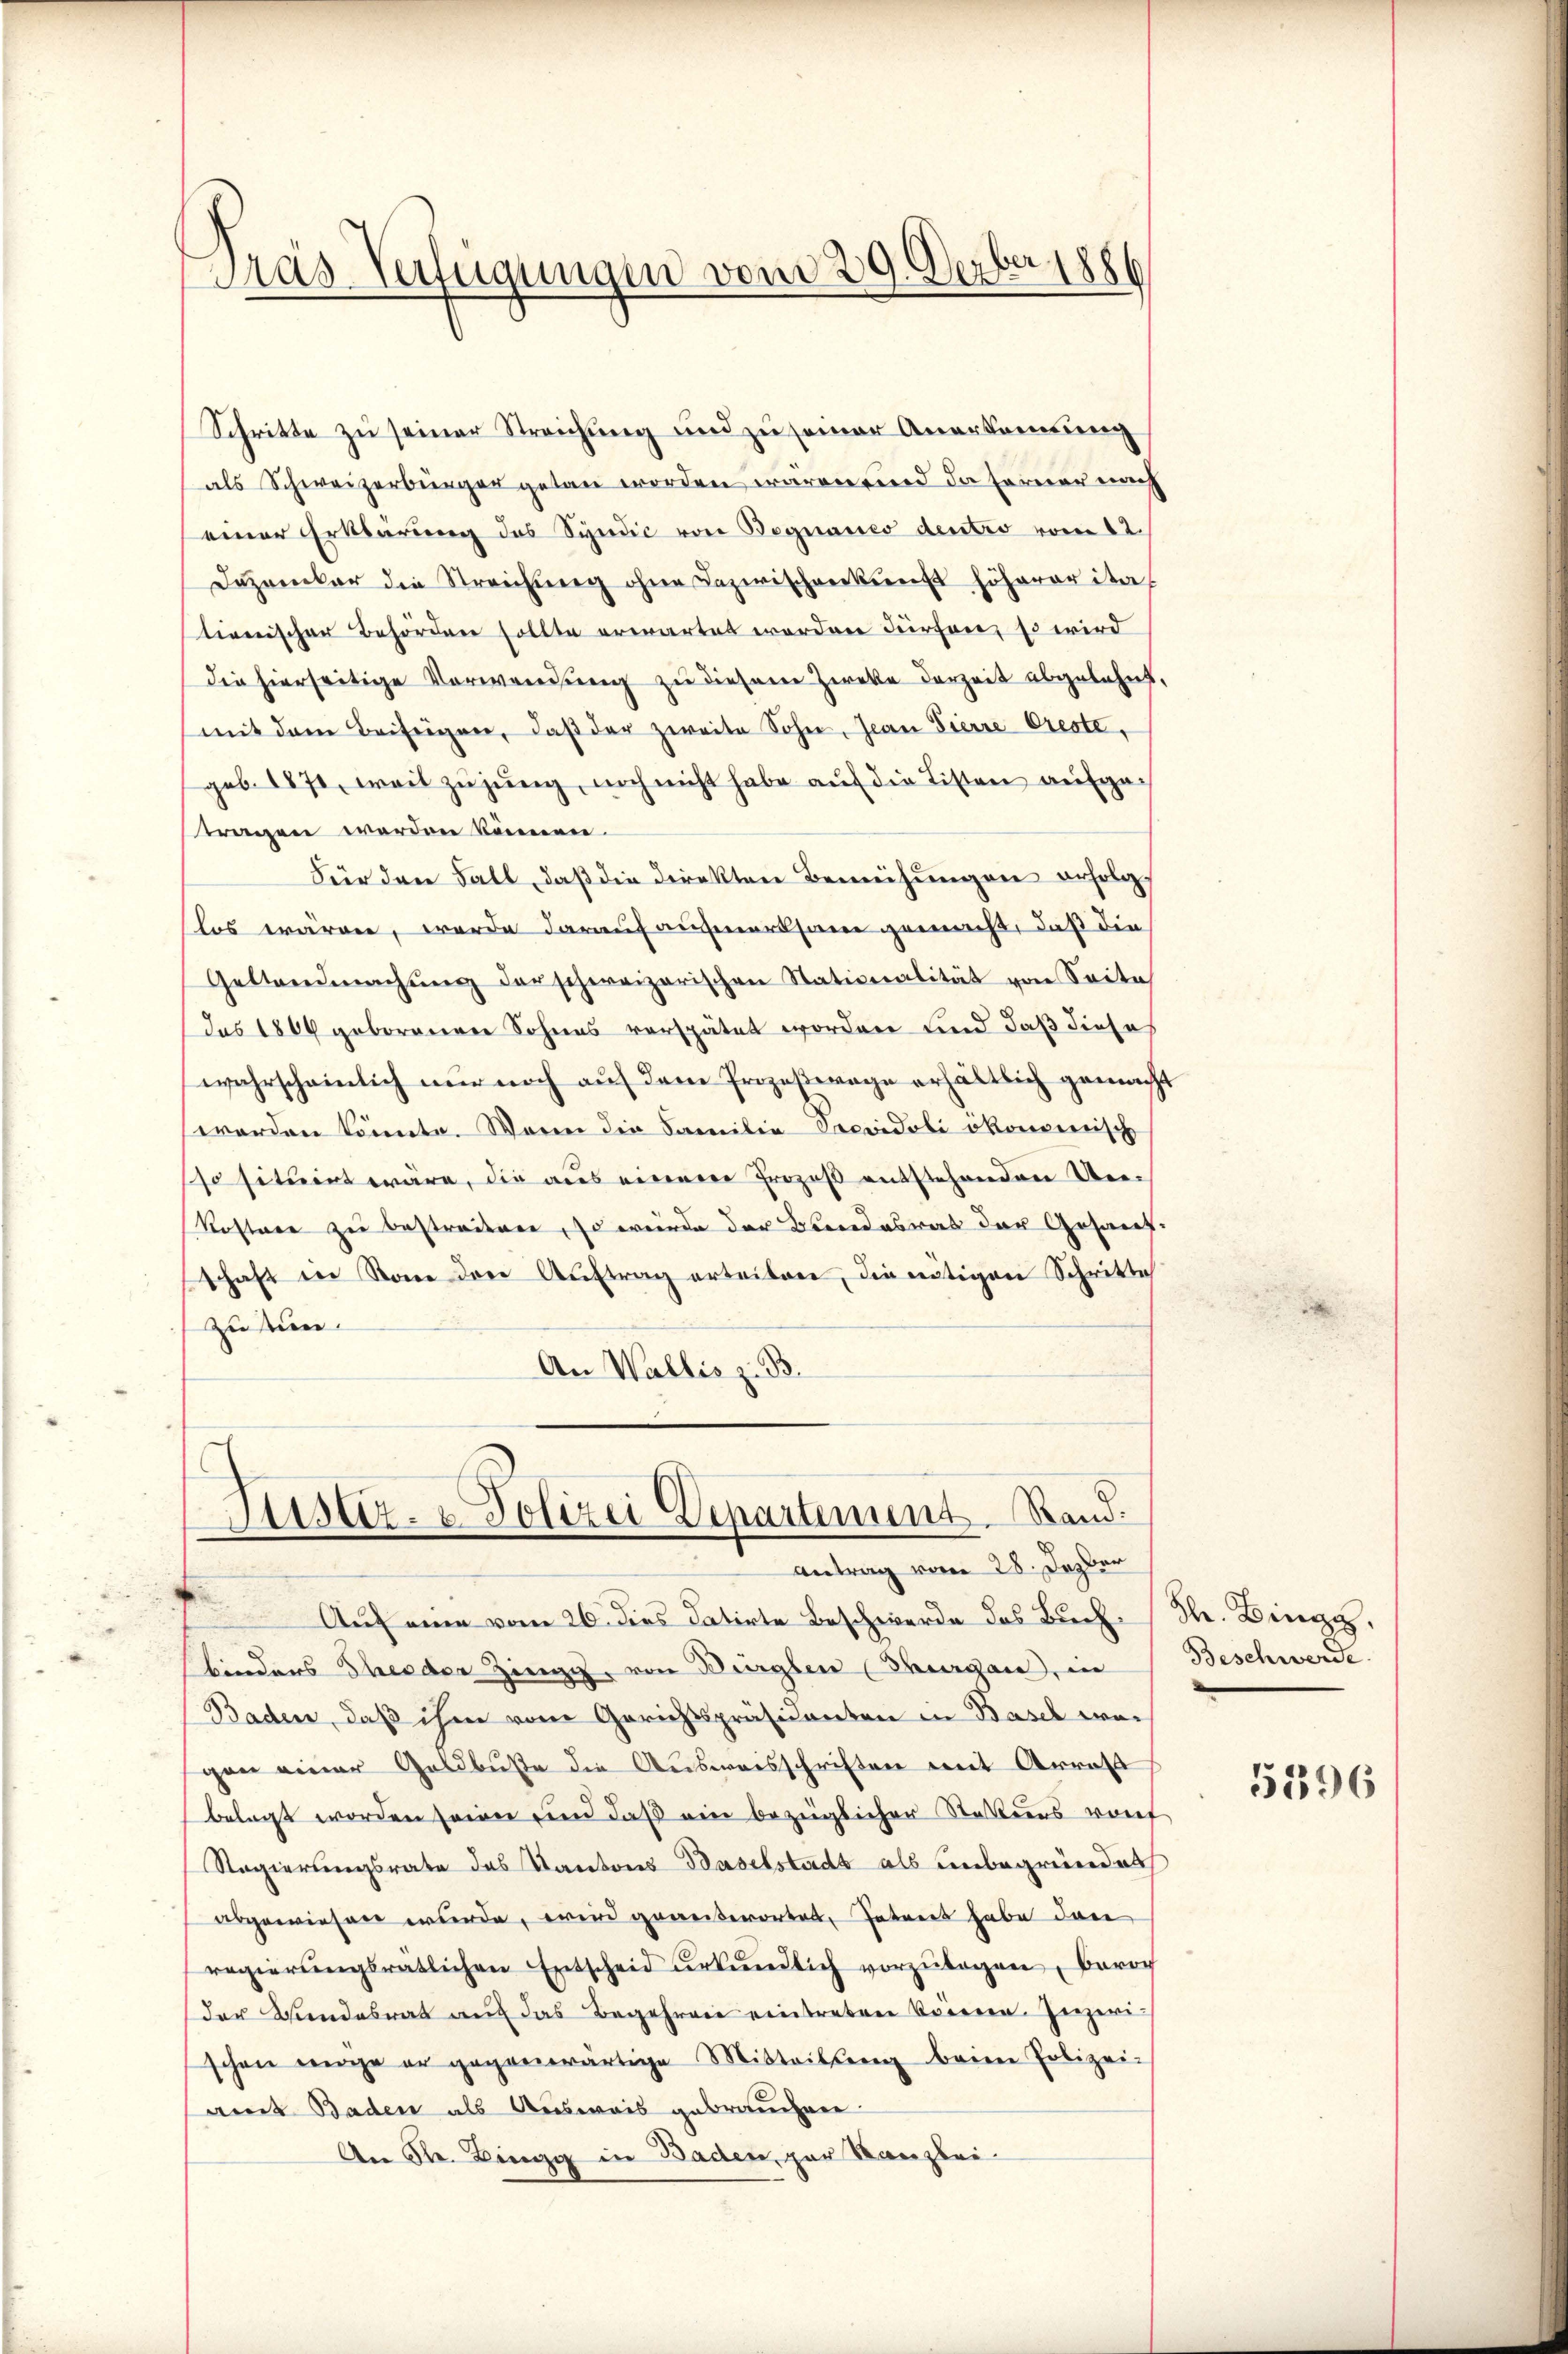
Pras-Verfügungen vom 29. Derber 1886

Schritte zu seiner Streichung und zu seiner Anerkennung
als Schweizerbürger getan worden wären und da seiner nach
einer Erklärung des Syndic von Begnaues dentio vom 12.
Dezember die Streichŭng ohne Dazwischenkunft höherer ital
tionischer Behörden sollte erwartet werden durchen, so wird
die hierseitige Verwendung zu diesem Zwecke derzeit abgelehnt,
mit dem Beifügen, daβ der zweite Sohn, Jean Pierre Creste,
geb. 1870, weil zugung, noch nicht habe auf die Listen aufgetragen worden können.
Für den Fall, daß die Direkten Bemühungen erfolg.
los wären, werde darauf aufmerksam gemacht, daß die
Geltendmachŭng der schweizerischen Stationalität von Seite
das 1864 geborenen Sohnes verspätet worden und daß diese
wahrscheinlich nur noch auf dem Prozeßwege erhältlich gemacht
worden könnte. Wenn die Familie Seevidoli ökonomisch
so situirt wäre, die aus einer Prozeß entstehenden Ue¬
Kostere zu bestredenen, so würde der Beendesrat der Gesamt-
schaft in Rone der Auftrag erteilen, die nötigen Schritte
zu tun.
An Wallis z. B.

Justiz- & Polizei Departement. Stand.
Antrag vom 28. Dasser

Aŭf eine vom 26. ders datirte Beschwerde das Buch Sr. Dinge,
binders Theodor Zingg, von Bürglen (Thurgau, in
Baden, daß ihm vom Gerichtspräsidenten in Basel wei
gen einer Geldbuße die Ausweisschriften mit Arrast
belegt worden seien und daß ein bezüglicher Stattens vort
Regierungsrate das Kantons Baselstadt als unbegründet
abgewiesen wurde, wird geweiterortet, Interes habe dann
regierŭngsratlichen Entscheid ŭrkŭndlich vorzŭlagen, bevor
der Bundesrat auf das Begehren eintreten Brieren. Inzwi-
schon eige er gegenwärtige Mitteilŭng beim Polizei-
amt Baden als Ausweis gebrauchen
An R. Bingg in Baden, zur Kanzlei-

Beschwerde.

5296